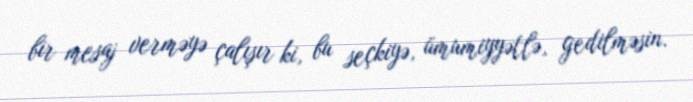
bir mesaj verməyə çalışır ki, bu seçkiyə, ümumiyyətlə, gedilməsin.